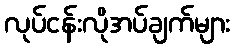
လုပ်ငန်းလိုအပ်ချက်များ